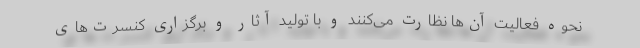
نحوه فعالیت آن‌ها نظارت می‌کنند و با تولید آثار و برگزاری کنسرت‌های